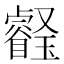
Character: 𤫀